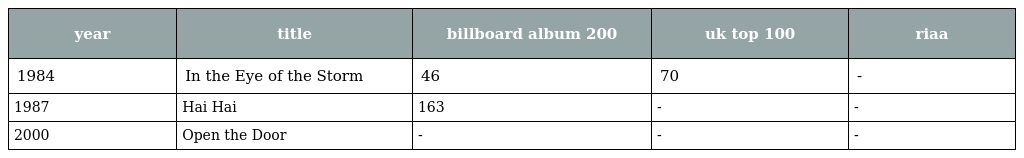
| year | title | billboard album 200 | uk top 100 | riaa |
 | --- | --- | --- | --- | --- |
 | 1984 | In the Eye of the Storm | 46 | 70 | - |
 | 1987 | Hai Hai | 163 | - | - |
 | 2000 | Open the Door | - | - | - |